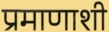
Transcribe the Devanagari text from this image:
प्रमाणाशी